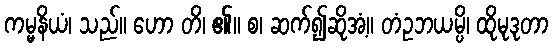
ကမ္မနိယံ၊ သည်။ ဟော တိ၊ ၏။ စ၊ ဆက်၍ဆိုအံ့။ တံဥဘယမ္ပိ၊ ထိုမုဒုတာ